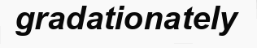
gradationately